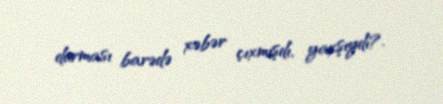
durması barədə xəbər çıxmışdı, yaxşıydı?.